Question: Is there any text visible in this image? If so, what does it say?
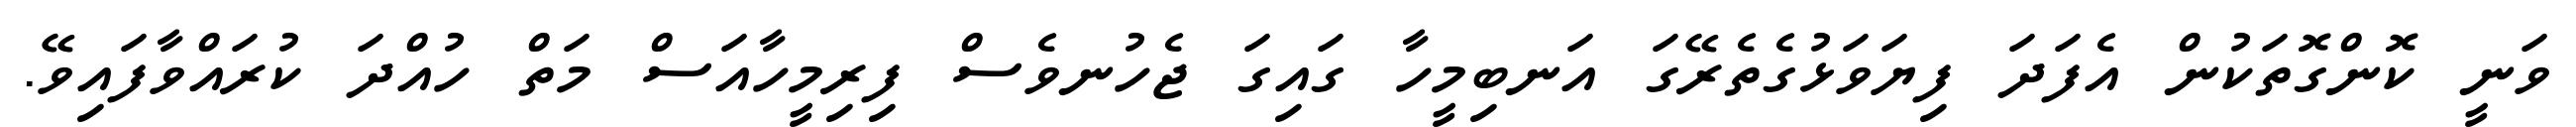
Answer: ވަނީ ކޮންގޮތަކުން އެފަދަ ފިޔަވަޅުގެތެރޭގަ އަނބިމީހާ ގައިގަ ޖެހުނވެސް ފިރިމީހާއަސް މަތް ހުއްދަ ކުރައްވާފައިވޭ.